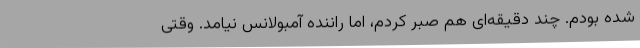
شده بودم. چند دقیقه‌ای هم صبر کردم، اما راننده آمبولانس نیامد. وقتی